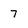
Character: 7